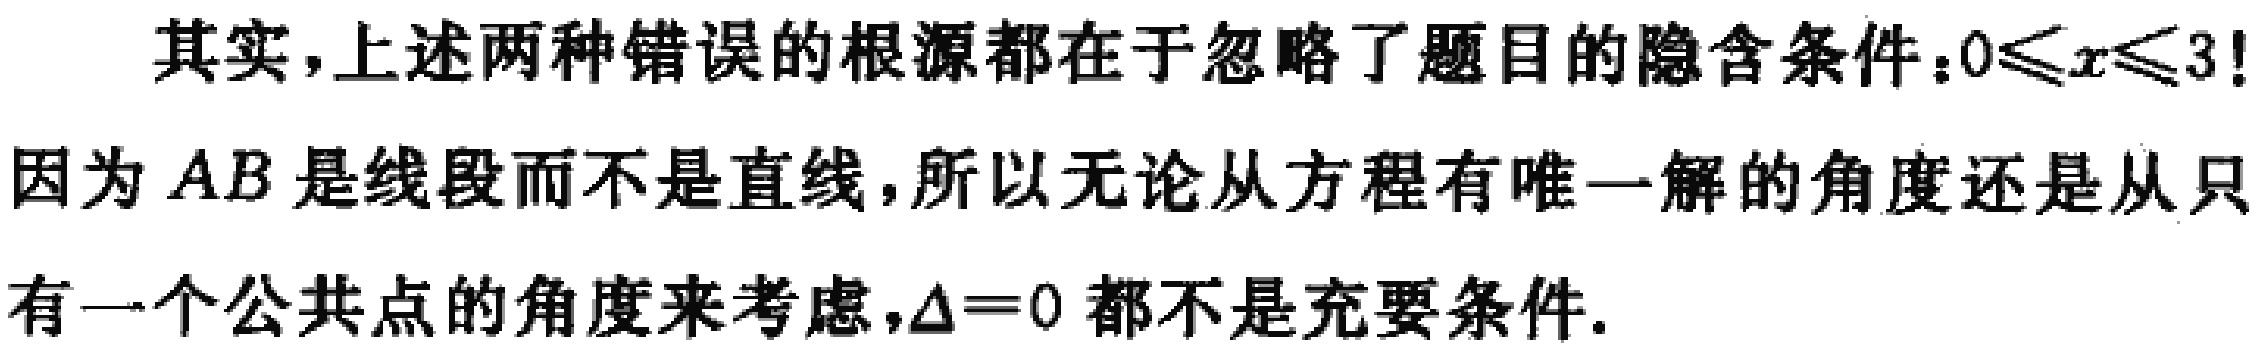
其实，上述两种错误的根源都在于忽略了题目的隐含条件：\(0\leqslant x\leqslant 3!\)
因为 \(AB\) 是线段而不是直线，所以无论从方程有唯一解的角度还是从只有一个公共点的角度来考虑，\(\Delta = 0\) 都不是充要条件。